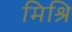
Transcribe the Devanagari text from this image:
मिश्रि